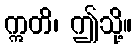
ဣတိ၊ ဤသို့။